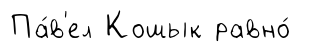
Па́в'ел Кошык равно́